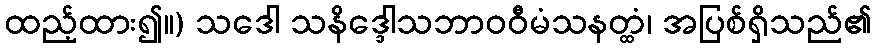
ထည့်ထား၍။) သဒေါ သနိဒ္ဒေါသဘာဝဝီမံသနတ္ထံ၊ အပြစ်ရှိသည်၏